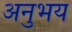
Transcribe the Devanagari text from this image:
अनुभय